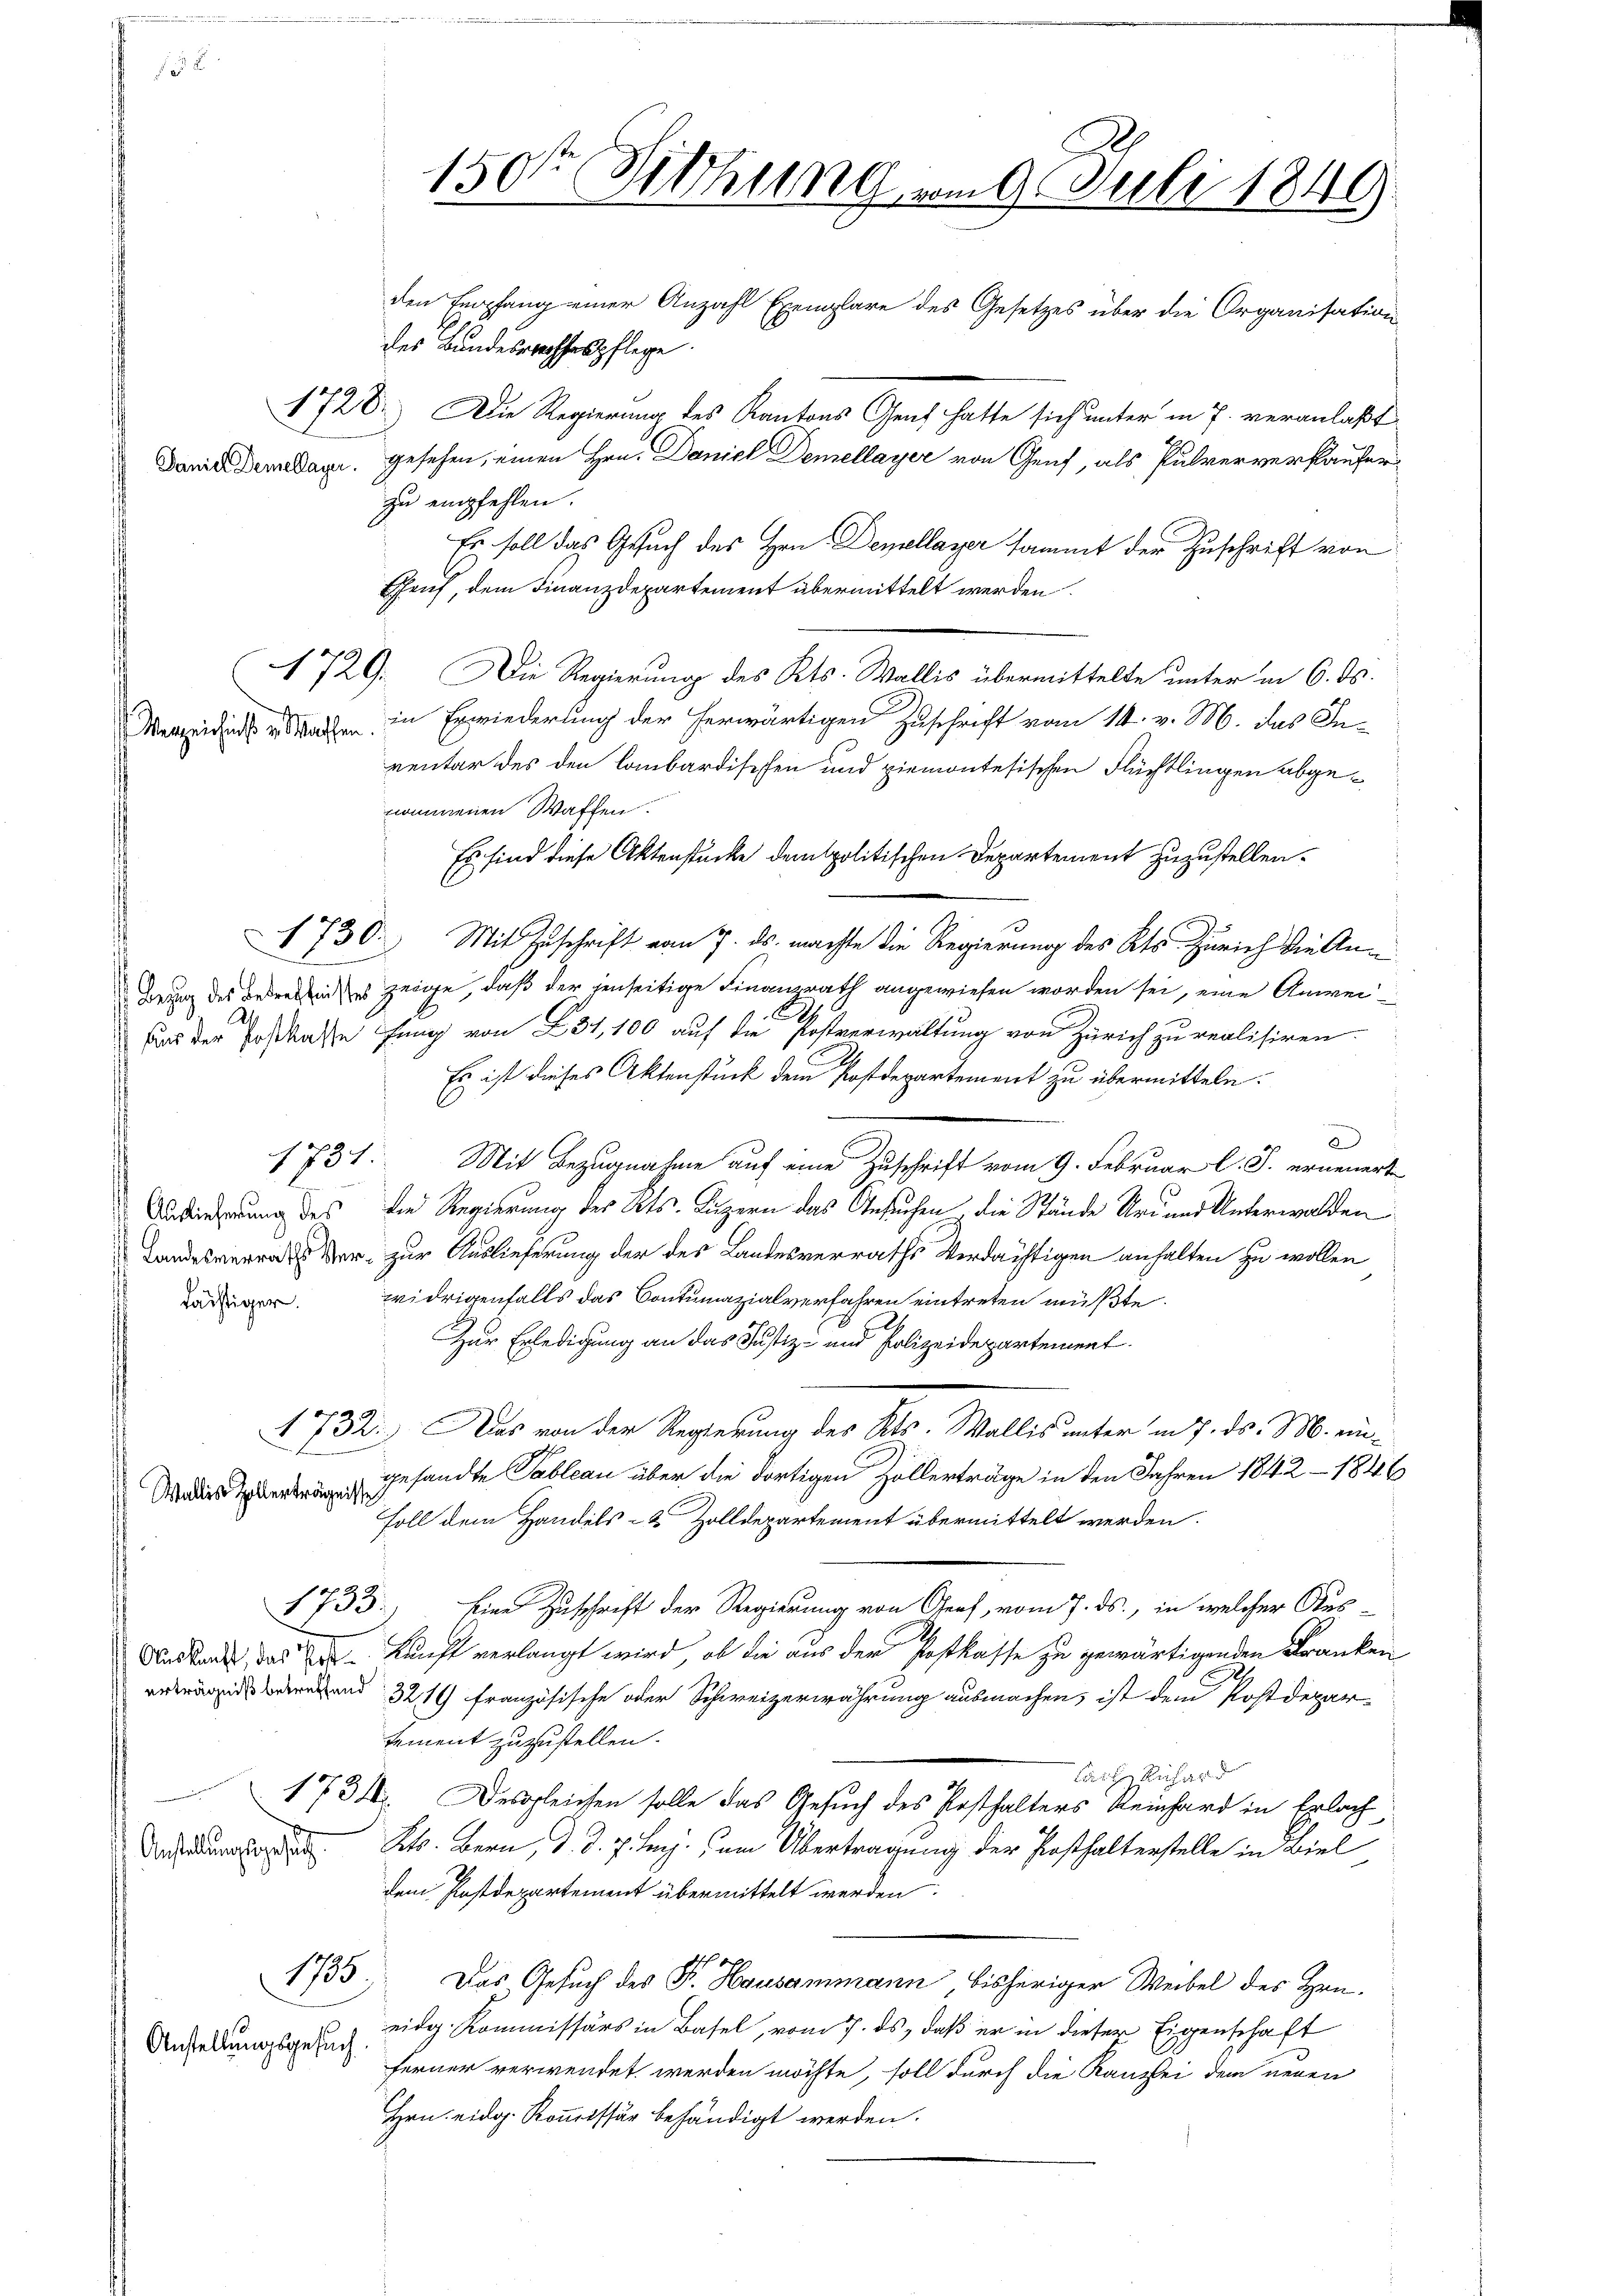
A

Auslieferung des
 Landesverrathes Ver
tächtiger.

Verzeichniß v. Wachen.

731.

Wallis Zollerträgnis

1733.

17
Anstellungsgesuch

1785.

Anstellungsgesuch.

Es soll das Gesuch des Hrn. Demollager sammt der Zuschrift von
Eheuf, dem Finanzdepartement übermittelt werden.
N 729. Die Regierung des Kts. Wallis übermittelte unter in 6. ds.
in Erwiederung der herwärtigen Zuschrift vom 14. v. M. das In-
ventar des den lombardischen und ziemontesischen Flüchtlingen abgenommenen Waffen.
Es sind diese Aktenstücke dem politischen Departement zuzustellen.
1730. Mit Zuschrift vom 7. ds. machte die Regierung des Kts. Zürich die An¬
Beung des Bedenken es zeige, daß der jenseitige Finanzrath angewiesen worden sei, eine Anwei¬
Aus der Postkasse fung von 231, 100 auf die Postverwaltung von Zürich zu realisiren.
Es ist dieses Aktenstück dem Postdepartement zu übermitteln.
a
Mit Bezugnahme auf eine Zuschrift vom 9. Februar l. J. erneuerte
die Regierung des Kts. Luzern das Gesuchen die Stände Uri und Unterwalden
ri zur Auslieferung der des Landesverraths Verdächtigen anhalten zu wollen
widrigenfalls das Contumazialverfahren eintreten müßte.
Zur Erledigung an das Justiz- und Polizeidepartement
4732.) Das von der Regierung des Kts. Wallis unter in 7. ds. M. eingesandte Tableau über die dortigen Zollerträge in den Jahren 1842 - 1846
Foll dem Handels- & Zolldepartement übermittelt werden.
Eine Zuschrift der Regierung von Genf, vom 7. ds., in welcher Aus¬
Nastark, das er kunft verlangt wird, ob die aus der Postkasse zu gewärtigenden Franken
irend 321 französische oder Schweizerwährung ausmachen, ist dem Postdepar-
tement zuzustellen.
Cache Richard
434. Desgleichen solle das Gesuch des Posthalters Reinhard in Erlach
Kts. Bern, d. d. 7. huj. um Übertragung der Posthalterstelle in Biel
dem Postdepartement übermittelt werden
Das Gesuch der Fr. Hausammann bisheriger Weibel des Hrn.
eidg. Kommissärs in Basel, vom 7. ds., daß er in dieser Eigenschaft
ferner verwendet werden möchte, soll durch die Kanzlei dem neuen
Hrn. eidg. Kommissär behändigt werden.

150t Viehung vom 9. Juli 1849
den Empfang einer Anzahl Exemplare des Gesetzes über die Organisation
des Bundesrechtspflege.
1728. Die Regierung des Kantons Genf hatte sich unter in 7. veranlaßt
David Demari. gesehen, einen Hrn. Daniel Demellayer von Genf, als Pulververkaufen
zu empfehlen.